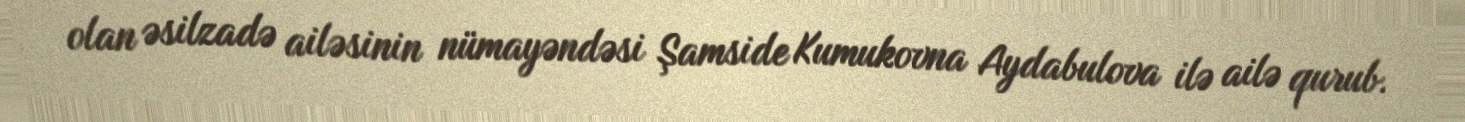
olan əsilzadə ailəsinin nümayəndəsi Şamside Kumukovna Aydabulova ilə ailə qurub.